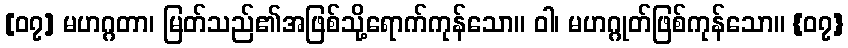
[၀၇] မဟဂ္ဂတာ၊ မြတ်သည်၏အဖြစ်သို့ရောက်ကုန်သော။ ဝါ၊ မဟဂ္ဂုတ်ဖြစ်ကုန်သော။ {၀၇}